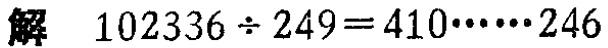
解 \(102336\div249 = 410\cdots\cdots246\)